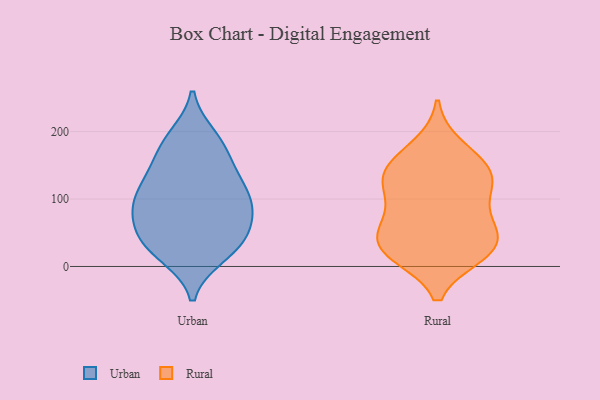
{"axis": {"x": "Website Visitors", "y": "Value"}, "legend": ["Rural", "Urban"], "data": [{"x": "", "y": 93, "type": "Urban"}, {"x": "", "y": 188, "type": "Urban"}, {"x": "", "y": 41, "type": "Urban"}, {"x": "", "y": 120, "type": "Urban"}, {"x": "", "y": 124, "type": "Urban"}, {"x": "", "y": 92, "type": "Urban"}, {"x": "", "y": 78, "type": "Urban"}, {"x": "", "y": 49, "type": "Urban"}, {"x": "", "y": 70, "type": "Urban"}, {"x": "", "y": 16, "type": "Urban"}, {"x": "", "y": 153, "type": "Urban"}, {"x": "", "y": 193, "type": "Urban"}, {"x": "", "y": 89, "type": "Urban"}, {"x": "", "y": 16, "type": "Urban"}, {"x": "", "y": 39, "type": "Urban"}, {"x": "", "y": 176, "type": "Urban"}, {"x": "", "y": 35, "type": "Urban"}, {"x": "", "y": 106, "type": "Urban"}, {"x": "", "y": 143, "type": "Urban"}, {"x": "", "y": 140, "type": "Rural"}, {"x": "", "y": 66, "type": "Rural"}, {"x": "", "y": 131, "type": "Rural"}, {"x": "", "y": 178, "type": "Rural"}, {"x": "", "y": 137, "type": "Rural"}, {"x": "", "y": 26, "type": "Rural"}, {"x": "", "y": 120, "type": "Rural"}, {"x": "", "y": 21, "type": "Rural"}, {"x": "", "y": 18, "type": "Rural"}, {"x": "", "y": 157, "type": "Rural"}, {"x": "", "y": 57, "type": "Rural"}, {"x": "", "y": 109, "type": "Rural"}, {"x": "", "y": 37, "type": "Rural"}, {"x": "", "y": 72, "type": "Rural"}, {"x": "", "y": 24, "type": "Rural"}]}